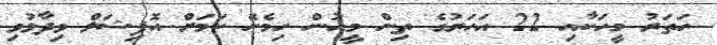
ހަތަރު މީހަކާއި 22 އަހަރުގެ ތިން މީހުން ހިމެނޭ ކަމަށް އޮފިޝަލް ވިދާޅުވި